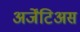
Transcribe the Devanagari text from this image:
अर्जेंटिअस